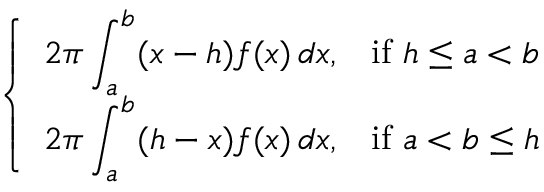
\left\{ \begin{array} { l l } { \displaystyle 2 \pi \int _ { a } ^ { b } ( x - h ) f ( x ) \, d x , } & { { \mathrm { i f } } \ h \leq a < b } \\ { \displaystyle 2 \pi \int _ { a } ^ { b } ( h - x ) f ( x ) \, d x , } & { { \mathrm { i f } } \ a < b \leq h } \end{array} \right.